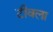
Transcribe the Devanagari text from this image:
टीवला